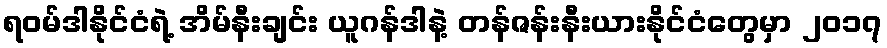
ရဝမ်ဒါနိုင်ငံရဲ့ အိမ်နီးချင်း ယူဂန်ဒါနဲ့ တန်ဇန်းနီးယားနိုင်ငံတွေမှာ ၂၀၁၇